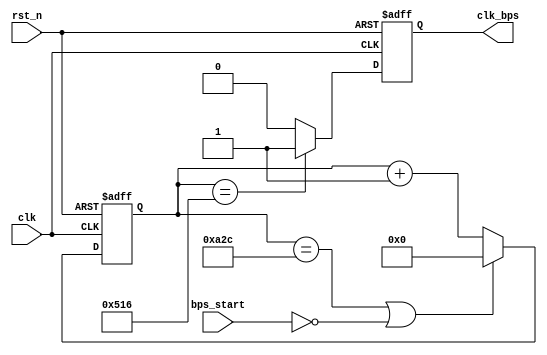
module speed_setting
#(
    parameter BPS_SET      =   96,  //
    parameter CLK_PERIORD  =   40   //40ns(25MHz)
)
(
	input	clk,		//25MHz
	input	rst_n,		//
	input	bps_start,	//
	output	clk_bps		//clk_bps
);

`define BPS_PARA	(10_000_000/CLK_PERIORD/BPS_SET)	//10_000_000/`CLK_PERIORD/96;
`define BPS_PARA_2	(`BPS_PARA/2)						//BPS_PARA/2;	

reg	[12:0] cnt;		    //
reg clk_bps_r;	        //
reg	[2:0] uart_ctrl;	//uart

always@(posedge clk or negedge rst_n)
begin
    if(!rst_n)
        cnt <= 13'd0;
	else if((cnt == `BPS_PARA) || !bps_start)
        cnt <= 13'd0;	    //
	else
        cnt <= cnt + 1'b1;  //
end

always@(posedge clk or negedge rst_n)
begin
	if(!rst_n)
        clk_bps_r <= 1'b0;
	else if(cnt == `BPS_PARA_2)
        clk_bps_r <= 1'b1;			//clk_bps_r,
	else
        clk_bps_r <= 1'b0;
end

assign clk_bps = clk_bps_r;

endmodule